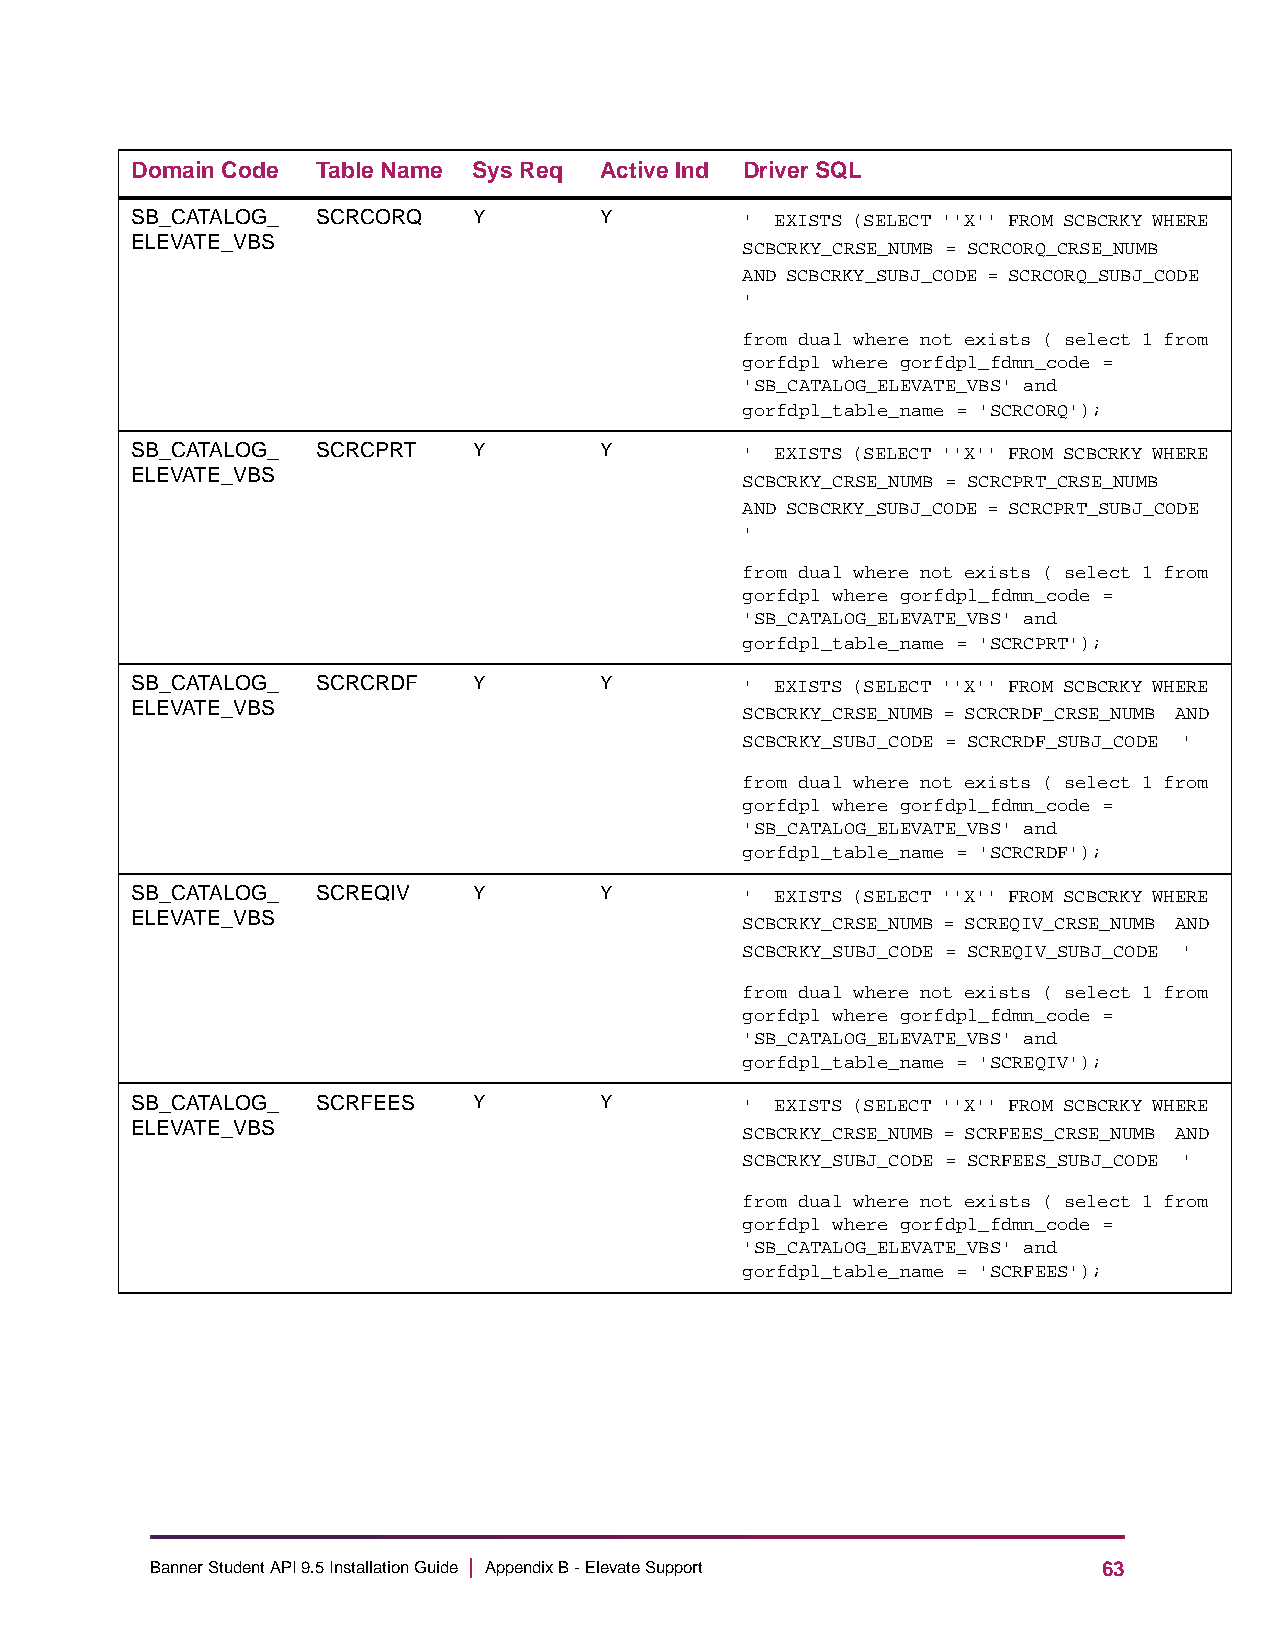
Domain Code Table Name Sys Req Active Ind Driver SQL
 SB_CATALOG_ SCRCORQ   Y        Y        ' EXISTS (SELECT ''X'' FROM SCBCRKY WHERE
 ELEVATE_VBS                             SCBCRKY_CRSE_NUMB = SCRCORQ_CRSE_NUMB
 AND SCBCRKY_SUBJ_CODE = SCRCORQ_SUBJ_CODE
 '
 from dual where not exists ( select 1 from
 gorfdpl where gorfdpl_fdmn_code =
 'SB_CATALOG_ELEVATE_VBS' and
 gorfdpl_table_name = 'SCRCORQ');
 SB_CATALOG_ SCRCPRT   Y        Y        ' EXISTS (SELECT ''X'' FROM SCBCRKY WHERE
 ELEVATE_VBS                             SCBCRKY_CRSE_NUMB = SCRCPRT_CRSE_NUMB
 AND SCBCRKY_SUBJ_CODE = SCRCPRT_SUBJ_CODE
 '
 from dual where not exists ( select 1 from
 gorfdpl where gorfdpl_fdmn_code =
 'SB_CATALOG_ELEVATE_VBS' and
 gorfdpl_table_name = 'SCRCPRT');
 SB_CATALOG_ SCRCRDF   Y        Y        ' EXISTS (SELECT ''X'' FROM SCBCRKY WHERE
 ELEVATE_VBS                             SCBCRKY_CRSE_NUMB = SCRCRDF_CRSE_NUMB AND
 SCBCRKY_SUBJ_CODE = SCRCRDF_SUBJ_CODE '
 from dual where not exists ( select 1 from
 gorfdpl where gorfdpl_fdmn_code =
 'SB_CATALOG_ELEVATE_VBS' and
 gorfdpl_table_name = 'SCRCRDF');
 SB_CATALOG_ SCREQIV   Y        Y        ' EXISTS (SELECT ''X'' FROM SCBCRKY WHERE
 ELEVATE_VBS                             SCBCRKY_CRSE_NUMB = SCREQIV_CRSE_NUMB AND
 SCBCRKY_SUBJ_CODE = SCREQIV_SUBJ_CODE '
 from dual where not exists ( select 1 from
 gorfdpl where gorfdpl_fdmn_code =
 'SB_CATALOG_ELEVATE_VBS' and
 gorfdpl_table_name = 'SCREQIV');
 SB_CATALOG_ SCRFEES   Y        Y        ' EXISTS (SELECT ''X'' FROM SCBCRKY WHERE
 ELEVATE_VBS                             SCBCRKY_CRSE_NUMB = SCRFEES_CRSE_NUMB AND
 SCBCRKY_SUBJ_CODE = SCRFEES_SUBJ_CODE '
 from dual where not exists ( select 1 from
 gorfdpl where gorfdpl_fdmn_code =
 'SB_CATALOG_ELEVATE_VBS' and
 gorfdpl_table_name = 'SCRFEES');
 Banner Student API 9.5 Installation Guide | Appendix B - Elevate Support 63